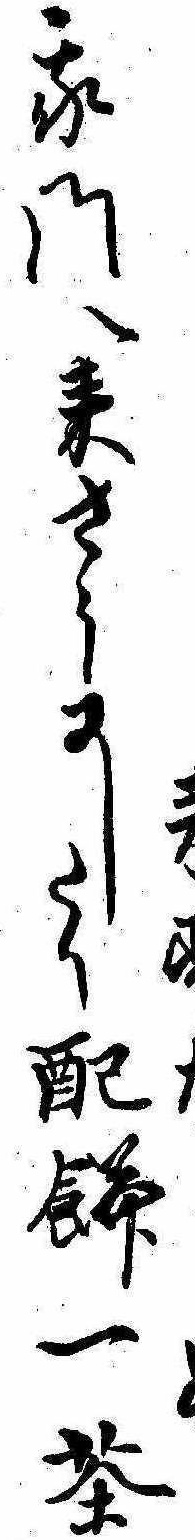
我門へ来さうにしたり配餅一茶